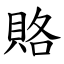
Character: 賂